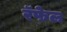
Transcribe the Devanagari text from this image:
रॅफेल